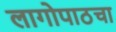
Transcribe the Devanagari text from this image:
लागोपाठचा